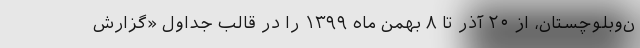
ن‌و‌بلوچستان، از ۲۰ آذر تا ۸ بهمن ماه ۱۳۹۹ را در قالب جداول «گزارش